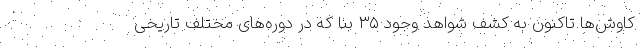
کاوش‌ها تاکنون به کشف شواهد وجود ۳۵ بنا که در دوره‌های مختلف تاریخی